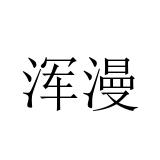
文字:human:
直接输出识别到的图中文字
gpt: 浑漫